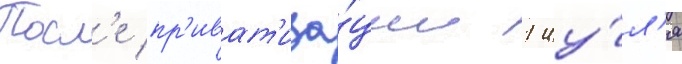
Посл'е пр'иват'иза́ции 1 иу́л'я